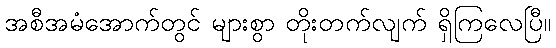
အစီအမံအောက်တွင် များစွာ တိုးတက်လျက် ရှိကြလေပြီ။